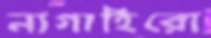
নাগাহিরো